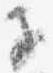
子